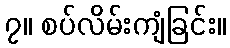
၇။ စပ်လိမ်းကျံခြင်း။